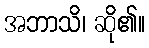
အဘာသိ၊ ဆို၏။